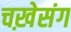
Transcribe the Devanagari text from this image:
चख़ेसंग